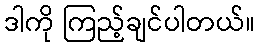
ဒါကို ကြည့်ချင်ပါတယ်။